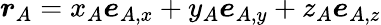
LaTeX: \boldsymbol{r}_{A}=x_{A}\boldsymbol{e}_{A,x}+y_{A}\boldsymbol{e}_{A,y}+z_{A}\boldsymbol{e}_{A,z}